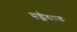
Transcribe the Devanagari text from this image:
सज्जीकारक